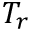
T _ { r }